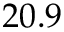
2 0 . 9